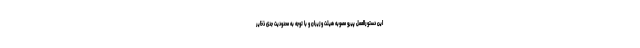
این دستورالعمل پیرو مصوبه هیئت وزیران و با توجه به محدودیت جدی ذخایر